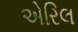
એરિલ